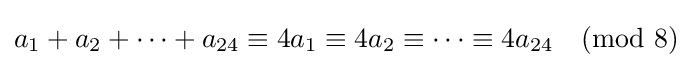
a_{1}+a_{2}+\cdots +a_{24}\equiv 4a_{1}\equiv 4a_{2}\equiv \cdots \equiv 4a_{24}{\pmod {8}}